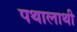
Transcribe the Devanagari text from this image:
पथालाथी